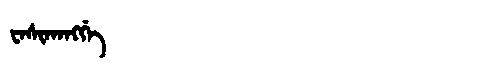
Manchu: ᠸᠠᠰᡳᡴᠠᠩᡤᡝ
Romanization: WASIKANGGE